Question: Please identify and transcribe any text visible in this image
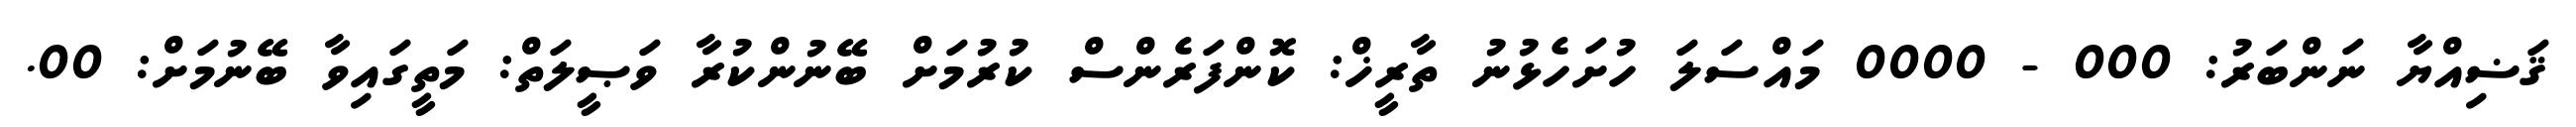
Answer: ޤަޟިއްޔާ ނަންބަރު: 000 - 0000 މައްސަލަ ހުށަހެޅުނު ތާރީޚް: ކޮންފަރެންސް ކުރުމަށް ބޭނުންކުރާ ވަޞީލަތް: މަތީގައިވާ ބޭނުމަށް: 00.